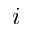
i